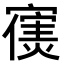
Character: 𫴊